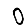
Digit: 0